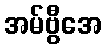
အမ်ဗွီအေ